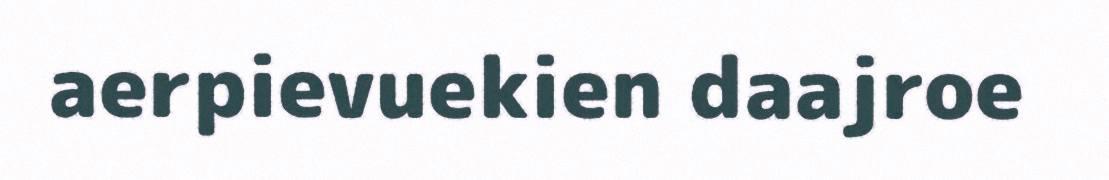
aerpievuekien daajroe